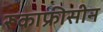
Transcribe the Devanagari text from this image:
रूकाफ्रीसीन